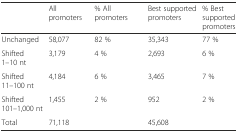
|  | All promoters | % All promoters | Best supported promoters | % Best supported promoters |
 | --- | --- | --- | --- | --- |
 | Unchanged | 58,077 | 82 % | 35,343 | 77 % |
 | Shifted 1–10 nt | 3,179 | 4 % | 2,693 | 6 % |
 | Shifted 11–100 nt | 4,184 | 6 % | 3,465 | 7 % |
 | Shifted 101–1,000 nt | 1,455 | 2 % | 952 | 2 % |
 | Total | 71,118 |  | 45,608 |  |